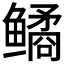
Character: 𫚪